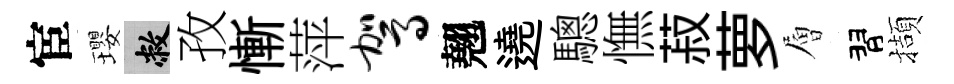
宦瓔敝孜慚萍驾翹遶驄憮菽萝層習擷